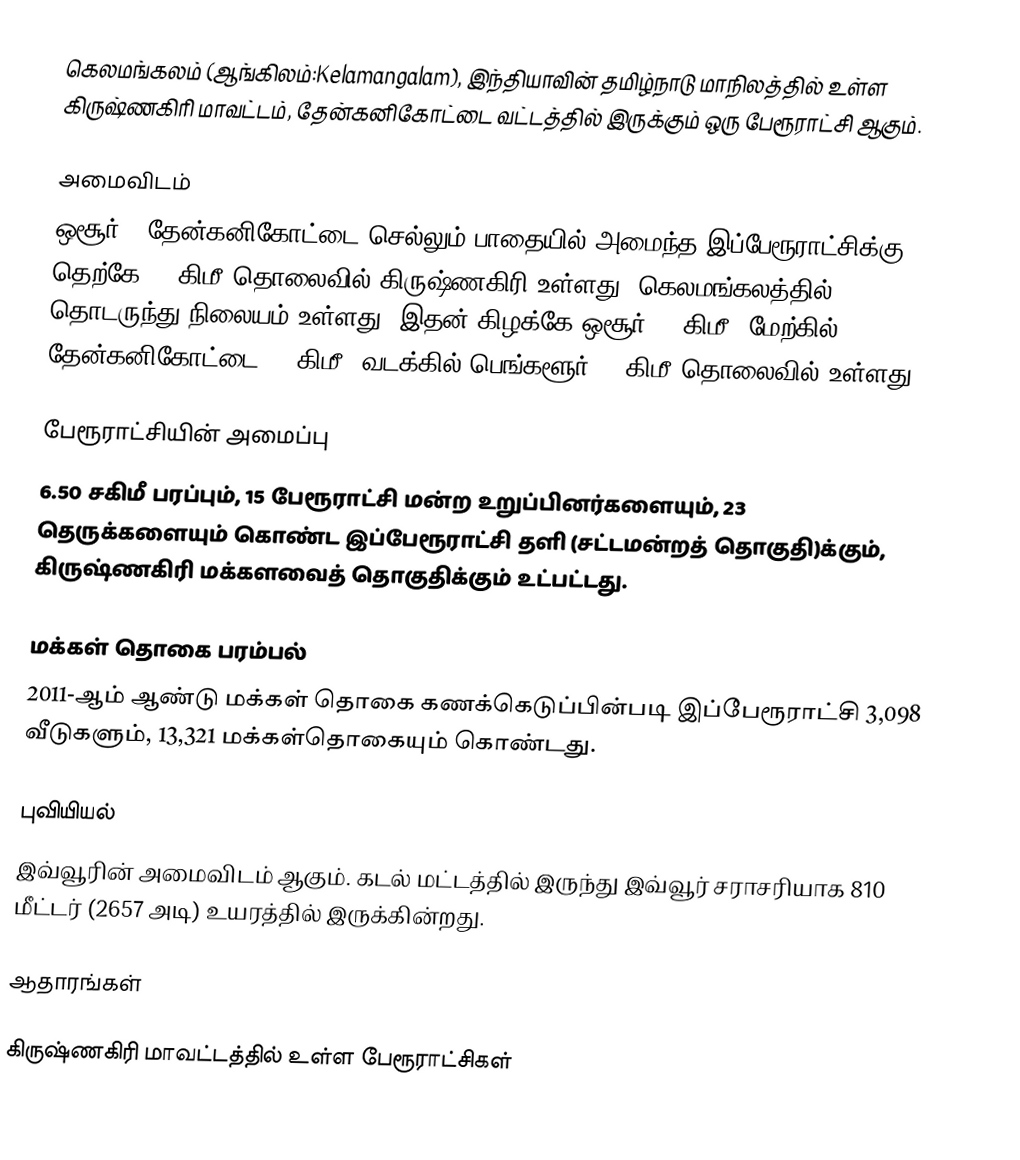
கெலமங்கலம் (ஆங்கிலம்:Kelamangalam), இந்தியாவின் தமிழ்நாடு மாநிலத்தில் உள்ள கிருஷ்ணகிரி மாவட்டம், தேன்கனிகோட்டை வட்டத்தில் இருக்கும் ஒரு பேரூராட்சி ஆகும்.

அமைவிடம்
ஒசூர் - தேன்கனிகோட்டை செல்லும் பாதையில் அமைந்த  இப்பேரூராட்சிக்கு தெற்கே 60  கிமீ தொலைவில் கிருஷ்ணகிரி உள்ளது. கெலமங்கலத்தில்  தொடருந்து நிலையம் உள்ளது. இதன் கிழக்கே ஒசூர் 16 கிமீ; மேற்கில் தேன்கனிகோட்டை 12 கிமீ; வடக்கில் பெங்களூர் 60 கிமீ தொலைவில் உள்ளது.

பேரூராட்சியின் அமைப்பு
6.50  சகிமீ பரப்பும்,  15 பேரூராட்சி மன்ற  உறுப்பினர்களையும், 23 தெருக்களையும் கொண்ட இப்பேரூராட்சி  தளி (சட்டமன்றத் தொகுதி)க்கும், கிருஷ்ணகிரி மக்களவைத் தொகுதிக்கும் உட்பட்டது.

மக்கள் தொகை பரம்பல்
2011-ஆம் ஆண்டு மக்கள் தொகை கணக்கெடுப்பின்படி  இப்பேரூராட்சி  3,098    வீடுகளும்,  13,321 மக்கள்தொகையும் கொண்டது.

புவியியல்
இவ்வூரின் அமைவிடம்  ஆகும். கடல் மட்டத்தில் இருந்து இவ்வூர் சராசரியாக 810 மீட்டர் (2657 அடி) உயரத்தில் இருக்கின்றது.

ஆதாரங்கள்

கிருஷ்ணகிரி மாவட்டத்தில் உள்ள பேரூராட்சிகள்